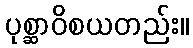
ပုစ္ဆာဝိစယတည်း။